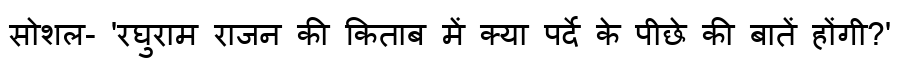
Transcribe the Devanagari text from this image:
सोशल- 'रघुराम राजन की किताब में क्या पर्दे के पीछे की बातें होंगी?'